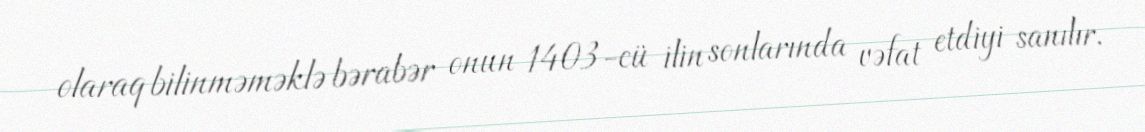
olaraq bilinməməklə bərabər onun 1403-cü ilin sonlarında vəfat etdiyi sanılır.